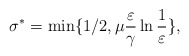
\begin{align*}\sigma^*=\min\{1/2,\mu \frac{\varepsilon}{\gamma}\ln \frac{1}{\varepsilon}\},\end{align*}